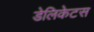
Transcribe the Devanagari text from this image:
डेलिकेटस